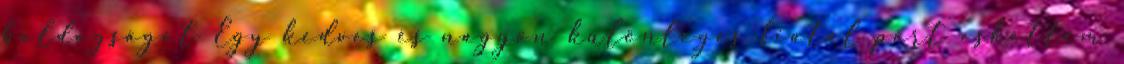
boldogságot Egy kedves és nagyon különleges fiatal párt eskettem